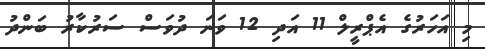
މި އަހަރުގެ އެޕްރީލް 11 އަދި 12 ވަނަ ދުވަސް ސަރުކާރު ބަންދު